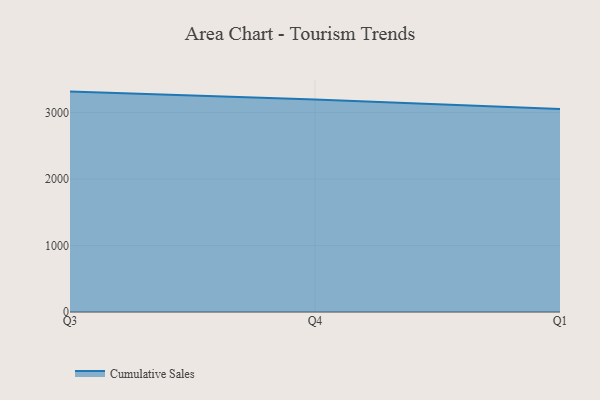
{"axis": {"x": "Quarter", "y": "Market Share (%)"}, "legend": ["Cumulative Sales"], "data": [{"x": "Q3", "y": 3312.3, "type": "Cumulative Sales"}, {"x": "Q4", "y": 3195.4, "type": "Cumulative Sales"}, {"x": "Q1", "y": 3049.3, "type": "Cumulative Sales"}]}